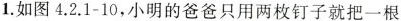
1.如图4.2.1-10，小明的爸爸只用两枚钉子就把一根